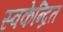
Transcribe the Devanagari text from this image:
स्वकेन्द्रित